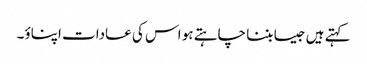
کہتے ہیں جیسا بننا چاہتے ہو اس کی عادات اپناؤ۔